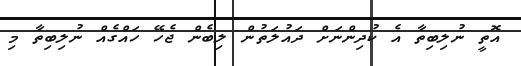
އޮތީ ނުލިބިތާ އެ ކުދިންނަށް ދައުލަތުން ލިބެން ޖެހޭ ހައްގެއް ނުލިބިތާ މި